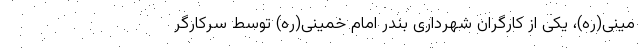
مینی(ره)، یکی از کارگران شهرداری بندر امام خمینی(ره) توسط سرکارگر